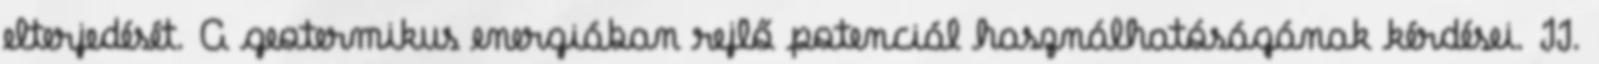
elterjedését. A geotermikus energiában rejlő potenciál használhatóságának kérdései. II.